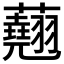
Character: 𧄍